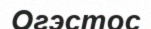
Огэстос